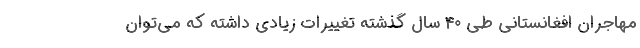
مهاجران افغانستانی طی ۴۰ سال گذشته تغییرات زیادی داشته که می‌توان